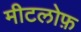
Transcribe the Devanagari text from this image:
मीटलोफ़